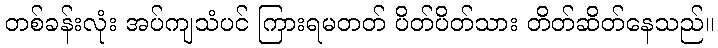
တစ်ခန်းလုံး အပ်ကျသံပင် ကြားရမတတ် ပိတ်ပိတ်သား တိတ်ဆိတ်နေသည်။